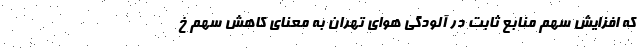
که افزایش سهم منابع ثابت در آلودگی هوای تهران به معنای کاهش سهم خ